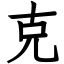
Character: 克